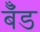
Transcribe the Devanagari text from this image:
बॅँंड